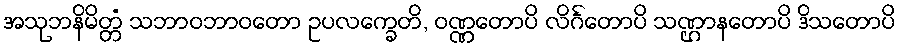
အသုဘနိမိတ္တံ သဘာဝဘာဝတော ဥပလက္ခေတိ, ဝဏ္ဏတောပိ လိင်္ဂတောပိ သဏ္ဌာနတောပိ ဒိသတောပိ